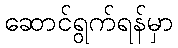
ဆောင်ရွက်ရန်မှာ